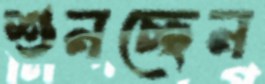
শুনচ্ছেন